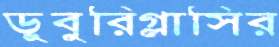
ডুবুরিগ্লাসির